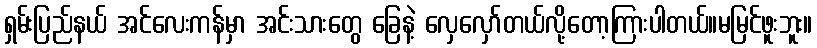
ရှမ်းပြည်နယ် အင်လေးကန်မှာ အင်းသားတွေ ခြေနဲ့ လှေလှော်တယ်လို့တော့ကြားပါတယ်။မမြင်ဖူးဘူး။